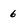
Character: 6